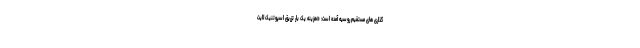
گذاری های مستقیم روسیه آمده است: «هزینه یک بار تزریق اسپوتنیک لایت